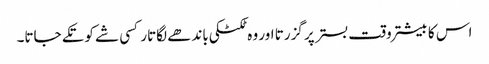
اس کا بیشتر وقت بستر پر گزرتا اور وہ ٹکٹکی باندھے لگاتار کسی شے کو تکے جاتا۔